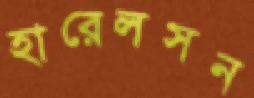
হারেলসন